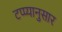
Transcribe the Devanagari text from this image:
टप्प्यानुसार